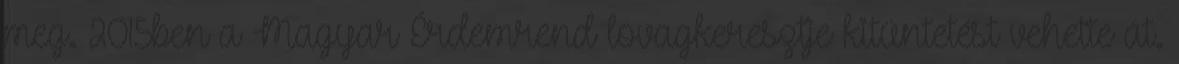
meg. 2015ben a Magyar Érdemrend lovagkeresztje kitüntetést vehette át.